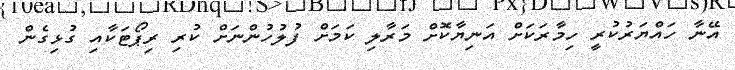
އޭނާ ހައްޔަރުކުރީ ހިމާރަކަށް އަނިޔާކޮށް މަރާލި ކަމަށް ފުލުހުންނަށް ކުރި ރިޕޯޓަކާއި ގުޅިގެން